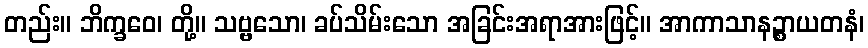
တည်း။ ဘိက္ခဝေ၊ တို့။ သဗ္ဗသော၊ ခပ်သိမ်းသော အခြင်းအရာအားဖြင့်။ အာကာသာနဉ္စာယတနံ၊